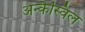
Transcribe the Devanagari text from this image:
अन्कैस्विल